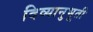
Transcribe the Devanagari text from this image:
दिव्यानुभूती